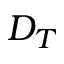
D _ { T }